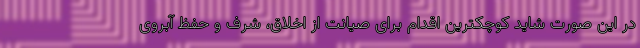
در این صورت شاید کوچکترین اقدام برای صیانت از اخلاق، شرف و حفظ آبروی